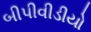
બીપીવીડીયો